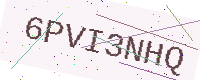
Text: 6PVI3NHQ